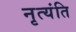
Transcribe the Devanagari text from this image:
नृत्यंति